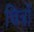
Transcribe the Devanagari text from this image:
चित्रोँ